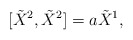
\begin{align*}[\tilde{X}^{2},\tilde{X}^{2}]=a\tilde{X}^{1},\end{align*}